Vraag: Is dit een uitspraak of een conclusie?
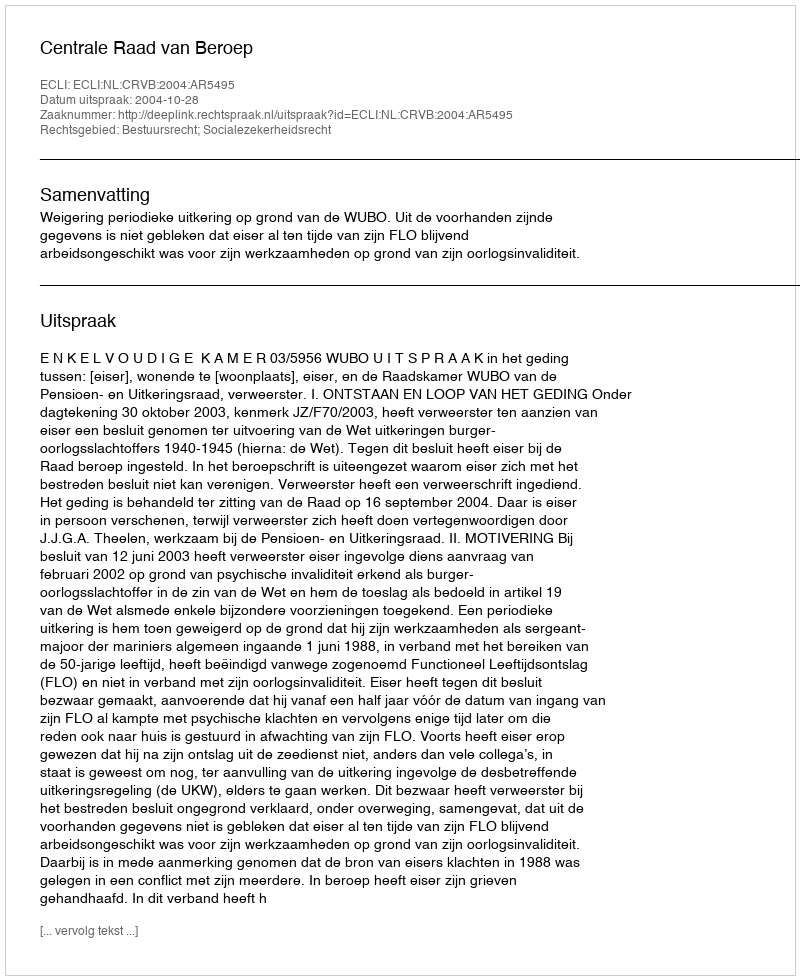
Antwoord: Uitspraak